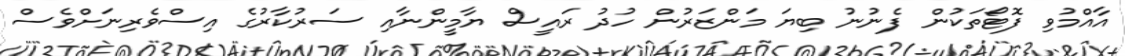
އާއްމުވި ފޮޓޯތަކުން ފެނުނު ބިޔަ މަންޒަރުން ހުދު ރައީސް ޔާމީންނާއި ސަރުކާރުގެ އިސްވެރިނަށްވެސް